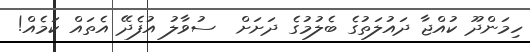
ހިމަންދޫ ކުއްޖާ ދައުލަތުގެ ބެލުމުގެ ދަށަށް  ސުވާލު އުފެދޭ އެތައް ކަމެއް!